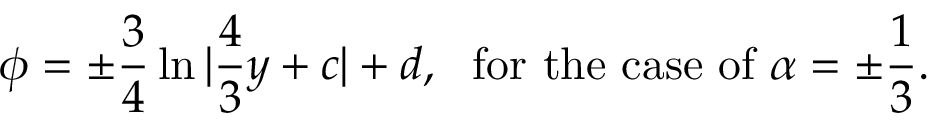
\phi = \pm \frac 3 4 \ln | \frac 4 3 y + c | + d , \ \ \mathrm { f o r ~ t h e ~ c a s e ~ o f ~ } \alpha = \pm \frac 1 3 .